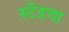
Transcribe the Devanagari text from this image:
स्टँडचा